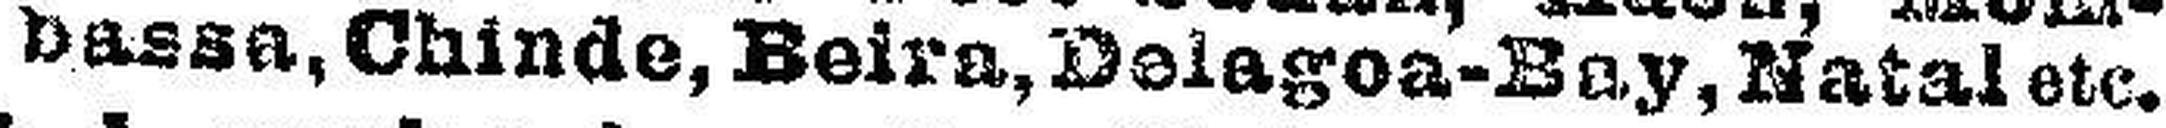
bassa, Chinde, Beira, Dolagoa-Bay, Natal etc.